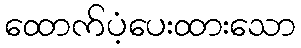
ထောက်ပံ့ပေးထားသော